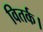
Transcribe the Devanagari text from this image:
वितर्क।